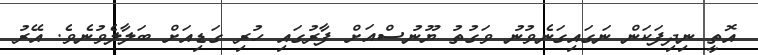
އޮތީ ނިދިފަކަން ނަގައިގަނެވުނު ވަގުތު ޔޫނުސްއަށް ފާރުގައި ހުރި ގަޑިއަށް ބަލާލެވުނެވެ. އޭރު